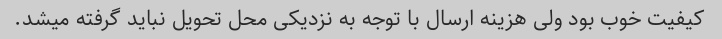
کیفیت خوب بود ولی هزینه ارسال با توجه به نزدیکی محل تحویل نباید گرفته میشد.